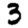
Digit: 3